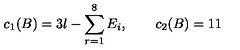
c _ { 1 } ( B ) = 3 l - \sum _ { r = 1 } ^ { 8 } E _ { i } , \qquad c _ { 2 } ( B ) = 1 1